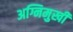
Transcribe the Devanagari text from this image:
अग्निमुखी